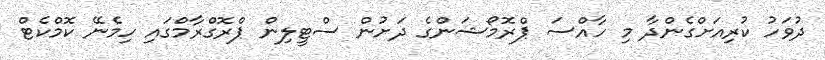
ދުވަހު ކުރިއަށްގެންދާ މި ހާއްސަ ޕްރޮމޯޝަންގެ ދަށުން ސްޓީލިން ޕްރޮގްރާމްގައި ހިމެނޭ ކޮމްކެޓް